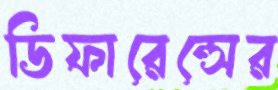
ডিফারেন্সের